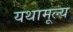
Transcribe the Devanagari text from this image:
यथामूल्य